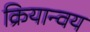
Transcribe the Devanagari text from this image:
क्रियान्वय